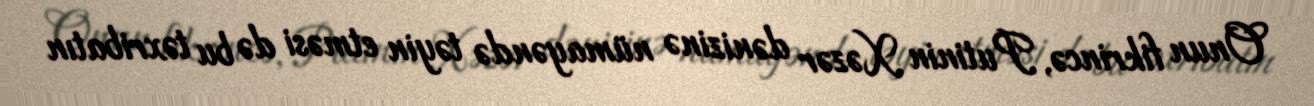
Onun fikrincə, Putinin Xəzər dənizinə nümayəndə təyin etməsi də bu təxribatın